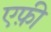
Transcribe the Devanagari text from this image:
एफ़ी